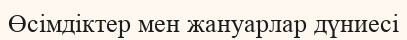
Өсімдіктер мен жануарлар дүниесі